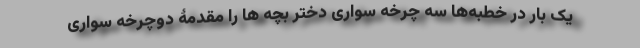
یک بار در خطبه‌ها سه چرخه سواری دختر بچه ها را مقدمۀ دوچرخه سواری